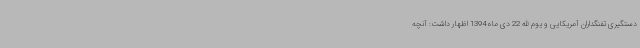
دستگیری تفنگداران آمریکایی و یوم الله 22 دی ماه 1394 اظهار داشت: آنچه